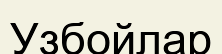
Узбойлар